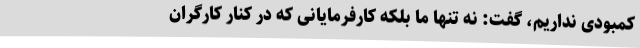
کمبودی نداریم، گفت: نه تنها ما بلکه کارفرمایانی که در کنار کارگران